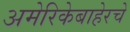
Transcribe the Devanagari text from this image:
अमेरिकेबाहेरचे